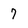
Character: 7